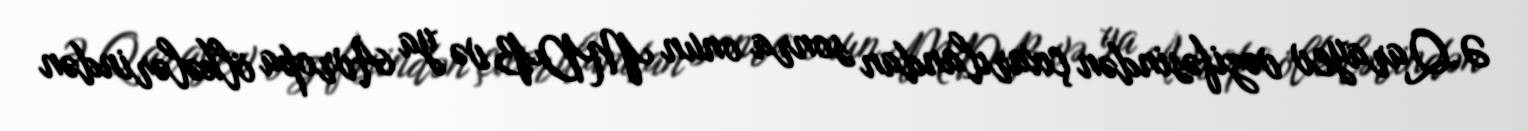
Ə.Qarayev vəzifəsindən çıxarılandan sonra onun MDB və ya Avropa ölkələrindən